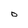
Character: O